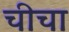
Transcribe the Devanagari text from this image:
चीचा